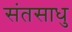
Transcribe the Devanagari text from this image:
संतसाधु